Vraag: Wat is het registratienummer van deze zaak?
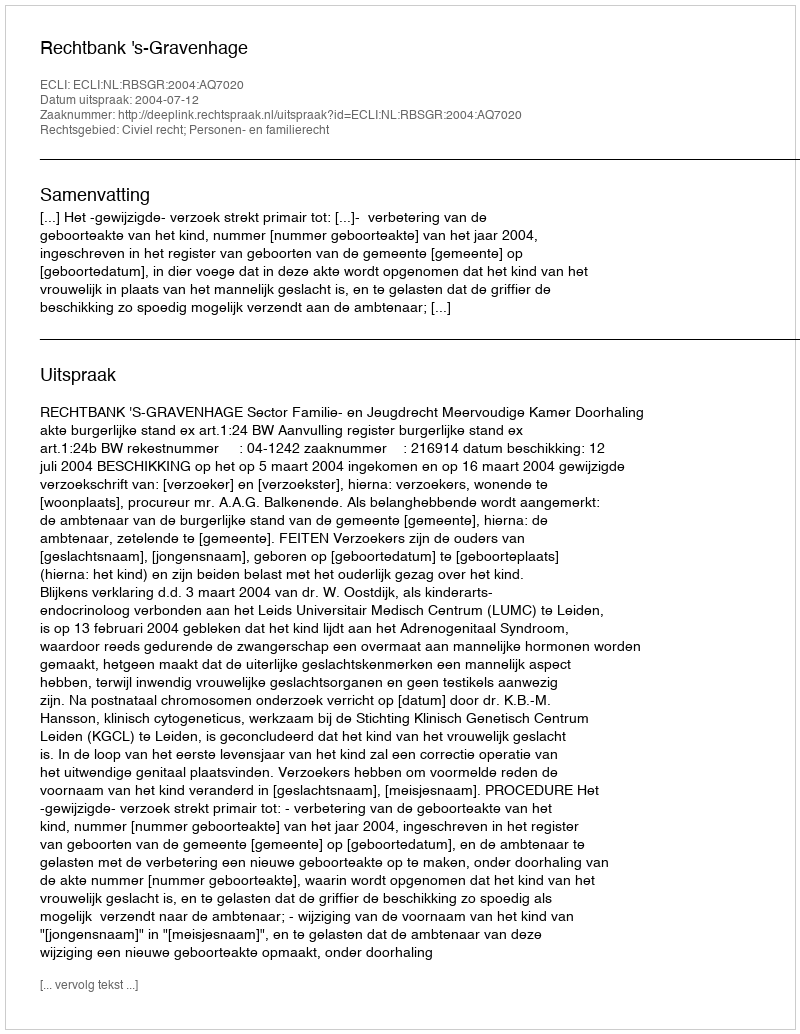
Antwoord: http://deeplink.rechtspraak.nl/uitspraak?id=ECLI:NL:RBSGR:2004:AQ7020